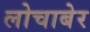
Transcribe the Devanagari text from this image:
लोचाबेर